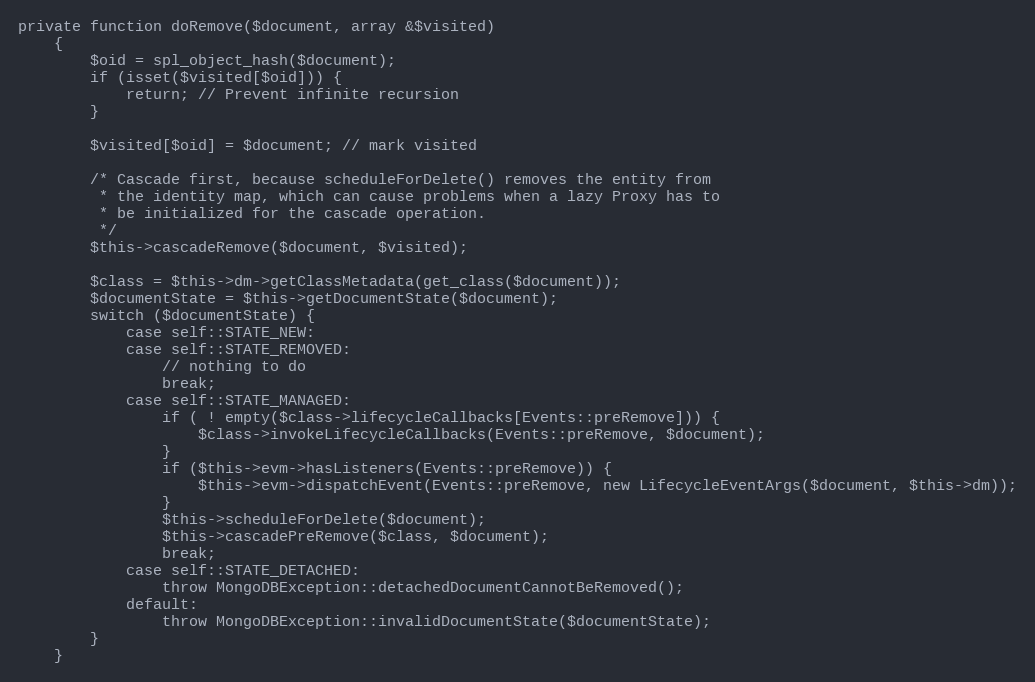
Language: PHP
private function doRemove($document, array &$visited)
    {
        $oid = spl_object_hash($document);
        if (isset($visited[$oid])) {
            return; // Prevent infinite recursion
        }

        $visited[$oid] = $document; // mark visited

        /* Cascade first, because scheduleForDelete() removes the entity from
         * the identity map, which can cause problems when a lazy Proxy has to
         * be initialized for the cascade operation.
         */
        $this->cascadeRemove($document, $visited);

        $class = $this->dm->getClassMetadata(get_class($document));
        $documentState = $this->getDocumentState($document);
        switch ($documentState) {
            case self::STATE_NEW:
            case self::STATE_REMOVED:
                // nothing to do
                break;
            case self::STATE_MANAGED:
                if ( ! empty($class->lifecycleCallbacks[Events::preRemove])) {
                    $class->invokeLifecycleCallbacks(Events::preRemove, $document);
                }
                if ($this->evm->hasListeners(Events::preRemove)) {
                    $this->evm->dispatchEvent(Events::preRemove, new LifecycleEventArgs($document, $this->dm));
                }
                $this->scheduleForDelete($document);
                $this->cascadePreRemove($class, $document);
                break;
            case self::STATE_DETACHED:
                throw MongoDBException::detachedDocumentCannotBeRemoved();
            default:
                throw MongoDBException::invalidDocumentState($documentState);
        }
    }